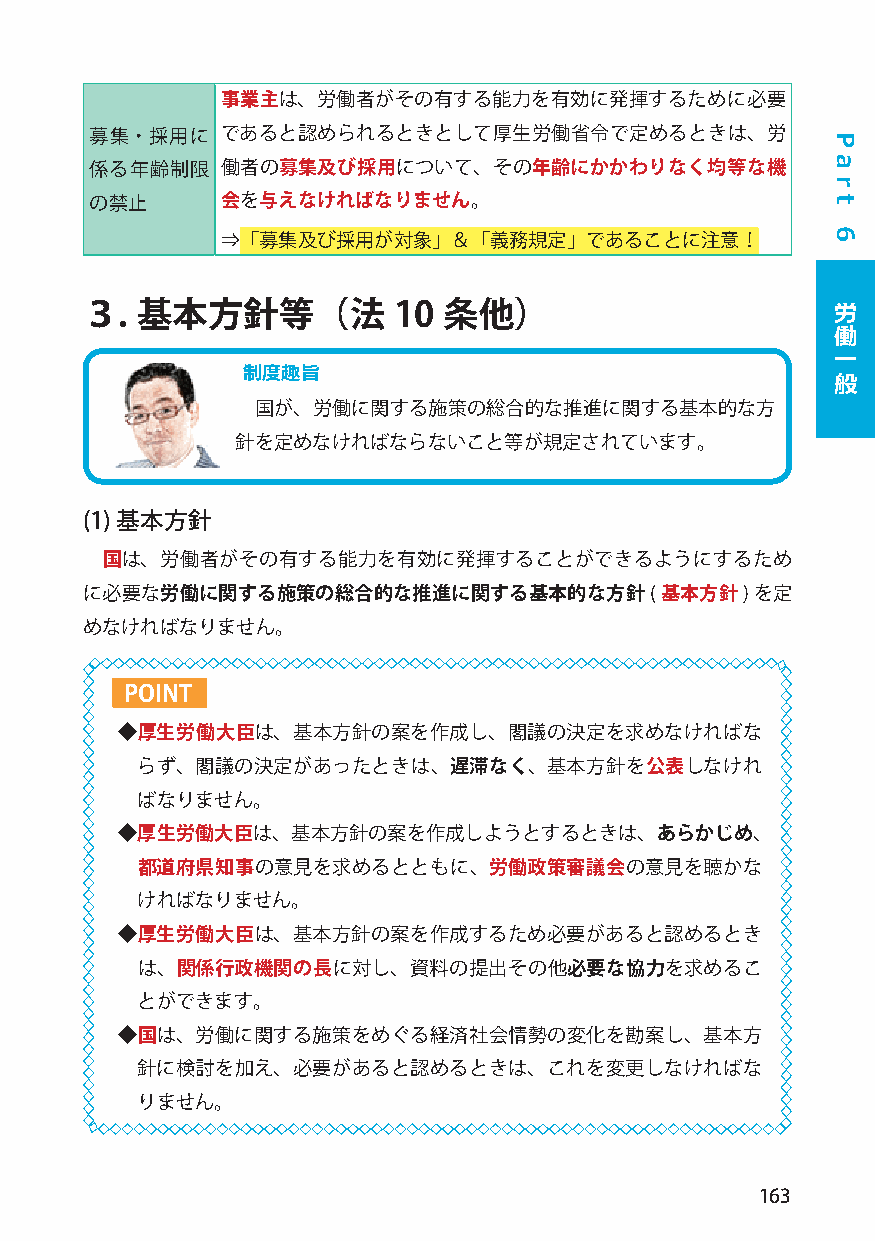
事業主は、労働者がその有する能力を有効に発揮するために必要
 募集・採用に   であると認められるときとして厚生労働省令で定めるときは、労
 係る年齢制限   働者の募集及び採用について、その年齢にかかわりなく均等な機
 の禁止      会を与えなければなりません。
 ⇒「募集及び採用が対象」＆「義務規定」であることに注意！
 労
 ３.  基本方針等（法          10 条他）
 働
 一
 制度趣旨                                   般
 国が、労働に関する施策の総合的な推進に関する基本的な方
 針を定めなければならないこと等が規定されています。
 (1)基本方針
 国は、労働者がその有する能力を有効に発揮することができるようにするため
 に必要な労働に関する施策の総合的な推進に関する基本的な方針(基本方針)を定
 めなければなりません。
 POINT
 ◆厚生労働大臣は、基本方針の案を作成し、閣議の決定を求めなければな
 らず、閣議の決定があったときは、遅滞なく、基本方針を公表しなけれ
 ばなりません。
 ◆厚生労働大臣は、基本方針の案を作成しようとするときは、あらかじめ、
 都道府県知事の意見を求めるとともに、労働政策審議会の意見を聴かな
 ければなりません。
 ◆厚生労働大臣は、基本方針の案を作成するため必要があると認めるとき
 は、関係行政機関の長に対し、資料の提出その他必要な協力を求めるこ
 とができます。
 ◆国は、労働に関する施策をめぐる経済社会情勢の変化を勘案し、基本方
 針に検討を加え、必要があると認めるときは、これを変更しなければな
 りません。
 163
 P
 a
 r
 t
 6